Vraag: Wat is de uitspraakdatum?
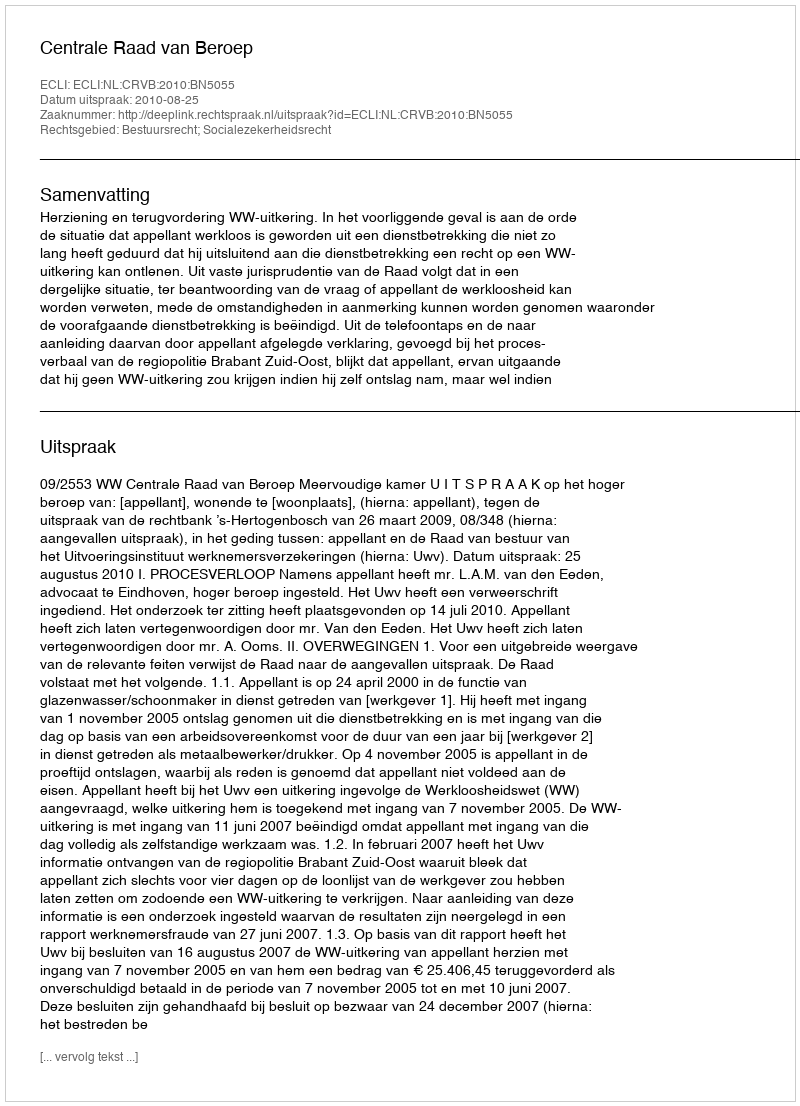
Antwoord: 2010-08-25